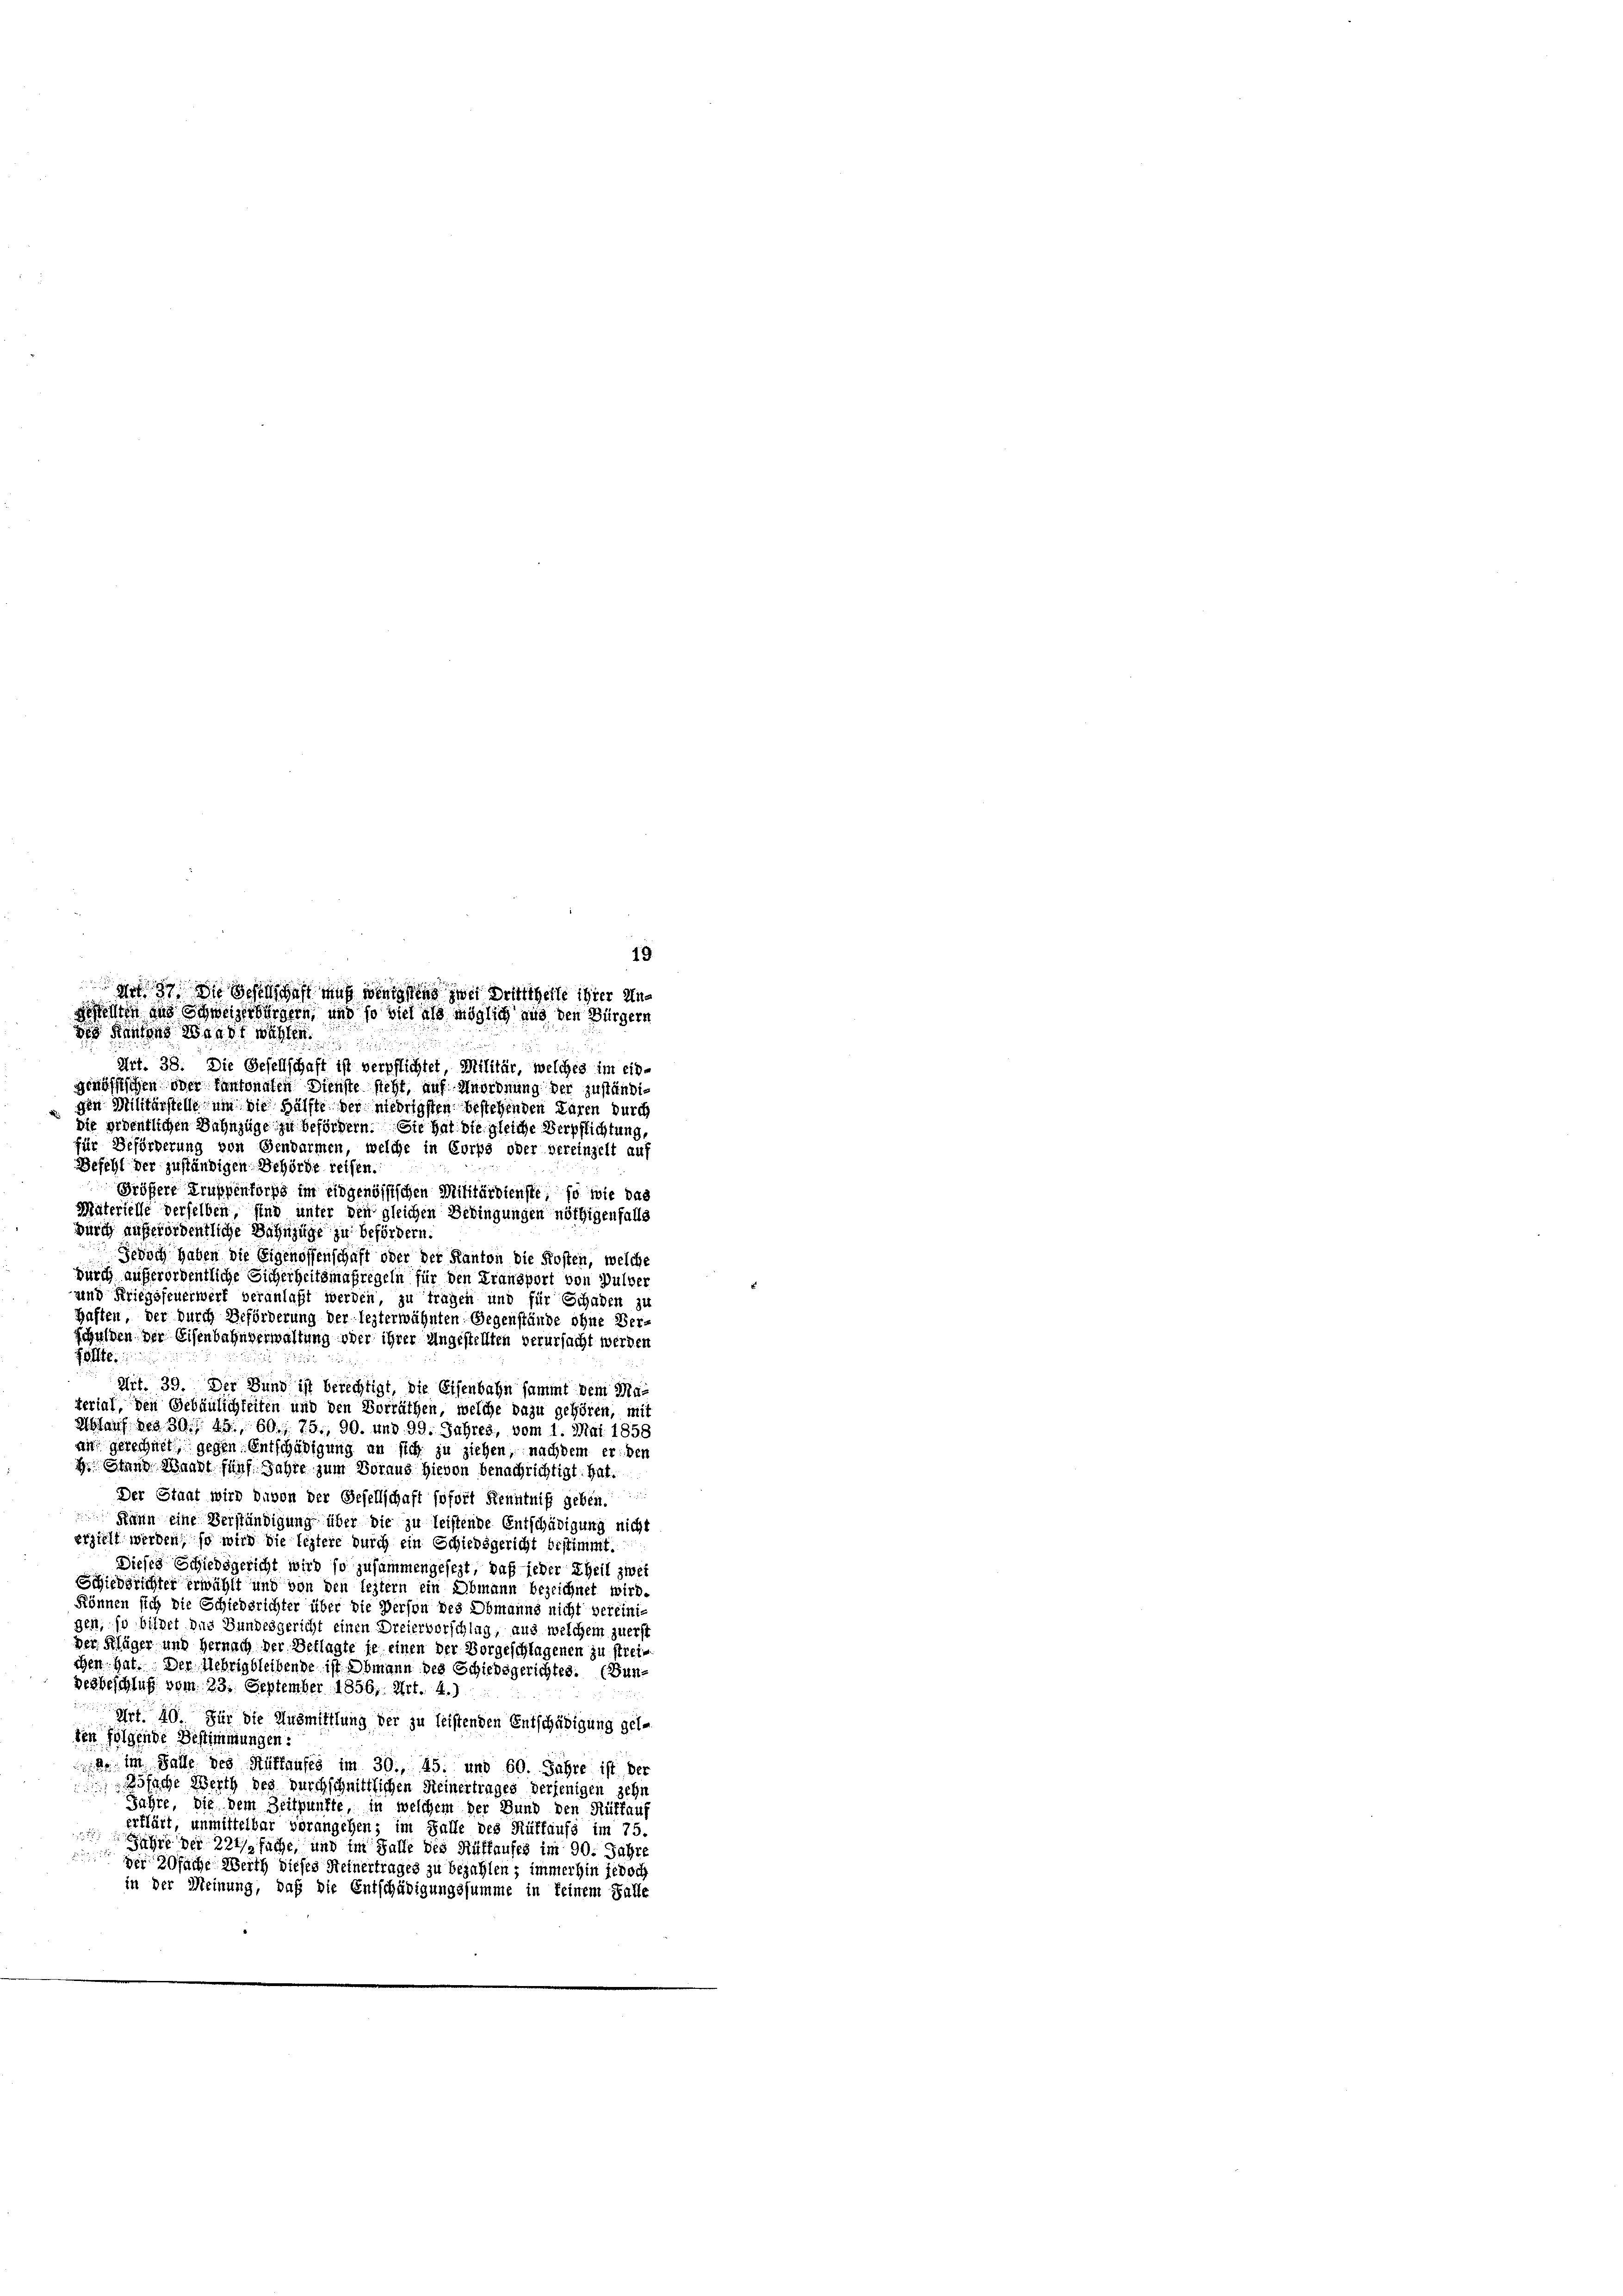
go die Schens das aus wenigstens zwei Dritttheite ihrer Ungestellten und Schweizerbürgern, und so viel als möglich aus den Bürgern
des Kantons Waadt wahlen

19

Art. 38. Die Gesellschaft ist verpflichtet, Militär, welches im ein-
genössischen oder Cantonalen Dienste sieht, auf Anordnung der zuständiden Militärstelle um die Hälfte der niedrigsten bestehenden Paren durch
Die ordentlichen Bahnzüge zu befördern. Sie hat die gleiche Verpflichtung,
für Beförderung von Gendarmen, welche in Corps oder vereinzelt auf
Befehl der zuständigen Behörde reisen.
Größere Truppenforps im eidgenössischen Militärdienste, so wie das
Materielle derselben, sind unter den gleichen Bedingungen nöthigenfalls
durch außerordentliche Bahnzüge zu befördern.
Schoch haben die Eigenossenschaft oder der Kanton die Kosten, welche
durch außerordentliche Sicherheitsmaßregeln für den Fransport von Pulver
und Kriegsfeuerwerf veranlaßt werden, zu tragen und für Schaden zu
Haften, der durch Beförderung der lezterwähnten Gegenstände ohne Ver-
schulden der Eisenbahnverwaltung oder ihrer Angestellten verursacht werden
zollte.
Art. 39. Der Bund ist berechtigt, die Eisenbahn sammt dem Material, den Gebäulichkeiten und den Vorräthen, welche dazu gehören, mit
Ahlauf des 30. 49. 60. 75. 90. und 99. Jahres, vom 1. Mai 1858
an gerechnet, gegen Entschädigung an sich zu ziehen, nachdem er den
H. Stand Waadt fünf Jahre zum Voraus hievon benachrichtigt hat.
Der Staat wird davon der Gesellschaft sofort Kenntniß geben.
Kann eine Verständigung über die zu leistende Entschädigung nicht
erzielt werden, so wird die leztere durch ein Schiedsgericht bestimmt.
Dieses Schiedsgericht wird so zusammengesezt, daß jeder Theil zwei
Schiedsrichter erwählt und von den leztern ein Obmann bezeichnet wird.
können sich die Schiedsrichter über die Person des Obmanns nicht vereinig
gen, so bildet das Bundesgericht einen Dreiervorschlag, aus welchem zuerst
Der Kläger und Hernach der Beklagte je einen der Vorgeschlagenen zu streichen hat. Der Uebrigbleibende ist Obmann des Schiedsgerichtes. (Dun¬
Desbeschluß vom 23. September 1856, Art. 4.)
Art. 40. Für die Ausmittlung der zu leistenden Entschädigung gel-
ten folgende Bestimmungen:
a im Falle des Auflaufes im 39., 45. und 60. Jahre ist der
Zösache Werth des durchschnittlichen Seinertrages derjenigen zehn
Jahre, die dem Zeitpunkte, in welchem der Bund den Rüttauf
erklärt, unmittelbar vorangehen; im Falle des Rüffaufs im 75.
Jahre der 224 fache, und im Falle des Rüttaufes im 90. Jahre
der 20fache Weith dieses Steinertrages zu bezahlen; immerhin jedoch
in der Meinung, daß die Entschädigungssumme in keinem Falle